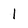
Character: 1